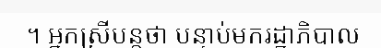
។ អ្នកស្រីបន្តថា បន្ទាប់មករដ្ឋាភិបាល